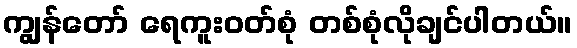
ကျွန်တော် ရေကူးဝတ်စုံ တစ်စုံလိုချင်ပါတယ်။